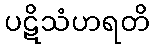
ပဋိသံဟရတိ